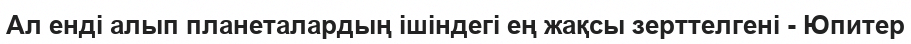
Ал енді алып планеталардың ішіндегі ең жақсы зерттелгені - Юпитер